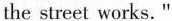
the street works. "